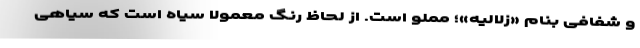
و شفافی بنام «زلالیه»؛ مملو است. از لحاظ رنگ معمولاً سیاه است که سیاهی